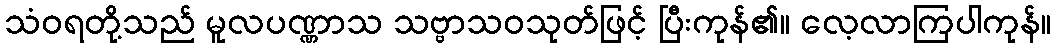
သံဝရတို့သည် မူလပဏ္ဏာသ သဗ္ဗာသဝသုတ်ဖြင့် ပြီးကုန်၏။ လေ့လာကြပါကုန်။